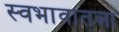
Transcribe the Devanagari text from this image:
स्वभावातला